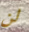
لن